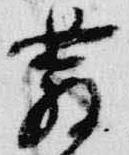
発